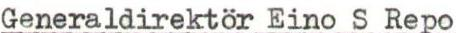
Generaldirektör Eino S Repo